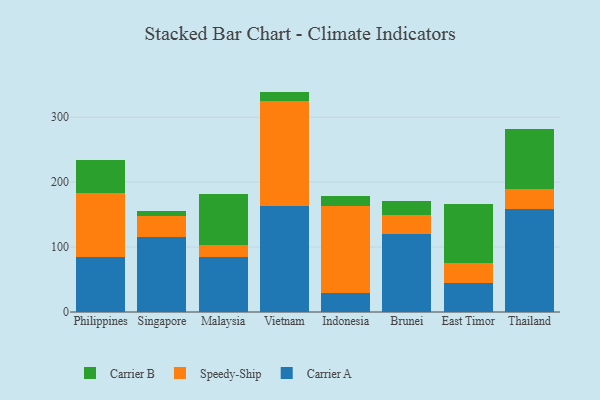
{"axis": {"x": "Country", "y": "Backlog"}, "legend": ["Carrier A", "Carrier B", "Speedy-Ship"], "data": [{"x": "Philippines", "y": 84.6, "type": "Carrier A"}, {"x": "Philippines", "y": 98.0, "type": "Speedy-Ship"}, {"x": "Philippines", "y": 51.7, "type": "Carrier B"}, {"x": "Singapore", "y": 115.7, "type": "Carrier A"}, {"x": "Singapore", "y": 32.2, "type": "Speedy-Ship"}, {"x": "Singapore", "y": 7.3, "type": "Carrier B"}, {"x": "Malaysia", "y": 84.3, "type": "Carrier A"}, {"x": "Malaysia", "y": 19.5, "type": "Speedy-Ship"}, {"x": "Malaysia", "y": 78.2, "type": "Carrier B"}, {"x": "Vietnam", "y": 163.7, "type": "Carrier A"}, {"x": "Vietnam", "y": 160.5, "type": "Speedy-Ship"}, {"x": "Vietnam", "y": 15.2, "type": "Carrier B"}, {"x": "Indonesia", "y": 28.9, "type": "Carrier A"}, {"x": "Indonesia", "y": 133.7, "type": "Speedy-Ship"}, {"x": "Indonesia", "y": 15.4, "type": "Carrier B"}, {"x": "Brunei", "y": 119.9, "type": "Carrier A"}, {"x": "Brunei", "y": 30.2, "type": "Speedy-Ship"}, {"x": "Brunei", "y": 21.4, "type": "Carrier B"}, {"x": "East Timor", "y": 44.1, "type": "Carrier A"}, {"x": "East Timor", "y": 30.8, "type": "Speedy-Ship"}, {"x": "East Timor", "y": 91.4, "type": "Carrier B"}, {"x": "Thailand", "y": 158.9, "type": "Carrier A"}, {"x": "Thailand", "y": 30.3, "type": "Speedy-Ship"}, {"x": "Thailand", "y": 92.4, "type": "Carrier B"}]}